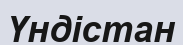
Үндістан